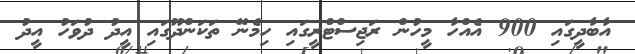
އާބާދީގައި 900 އެއްހާ މީހުން ރަޖިސްޓްރީގައި ހިމެނޭ ތަކަންދޫގައި އީދު ދުވަހު އީދު